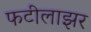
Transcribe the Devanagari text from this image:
फटीलाझर